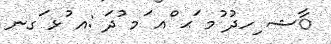
ާޝ ިހދު ުމ ަޙ ްއ ަމ ުދަ :އ ުޅ ަގނ